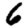
Digit: 6